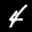
Label: 4